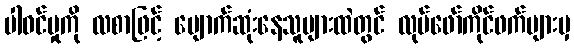
ပါဝင်မှုကို လစာဖြင့် ပျောက်ဆုံးနေသူများထဲတွင် လုပ်ဖော်ကိုင်ဖက်များမှ